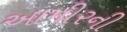
આમીરની